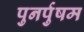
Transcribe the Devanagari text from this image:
पुनर्पुषम